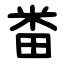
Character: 畨